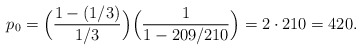
\begin{align*}p_0 = \Big({ { 1 - (1/3) \over 1/3}\Big) \Big( {1 \over 1 - 209/210}\Big) } = 2 \cdot 210 = 420.\end{align*}